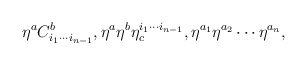
\begin{align*}\eta ^{a}C_{i_{1}\cdots i_{n-1}}^{b},\eta ^{a}\eta ^{b}\eta_{c}^{i_{1}\cdots i_{n-1}},\eta ^{a_{1}}\eta ^{a_{2}}\cdots \eta ^{a_{n}},\end{align*}